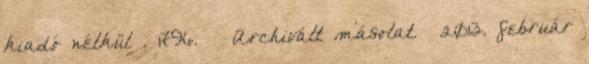
kiadó nélkül . 1796. ↑ Archivált másolat. 2013. február